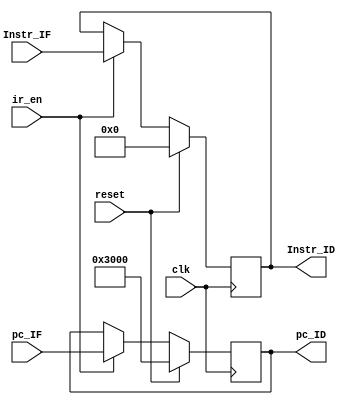
`timescale 1ns / 1ps
//////////////////////////////////////////////////////////////////////////////////
// Company: 
// Engineer: 
// 
// Design Name: 
// Module Name:    register_IF_ID 
// Project Name: 
// Target Devices: 
// Tool versions: 
// Description: 
//
// Dependencies: 
//
// Revision: 
// Revision 0.01 - File Created
// Additional Comments: 
//
//////////////////////////////////////////////////////////////////////////////////
module register_IF_ID(
    input clk,
	 input reset,
	 input ir_en,
    input [31:0] Instr_IF,
    input [31:0] pc_IF,
    output [31:0] pc_ID,
    output [31:0] Instr_ID
    );
reg [31:0]_pc_ID;
reg [31:0]_Instr_ID;
initial begin
_pc_ID=32'h00003000;
_Instr_ID=32'b0000_0000_0000_0000_0000_0000_0000_0000;
end
always @(posedge clk)begin
if(reset)begin
_pc_ID=32'h00003000;
_Instr_ID=0;
end
else begin
if(ir_en)begin
_pc_ID=pc_IF;
_Instr_ID=Instr_IF;
end
end
end
assign pc_ID=_pc_ID;
assign Instr_ID=_Instr_ID;

endmodule